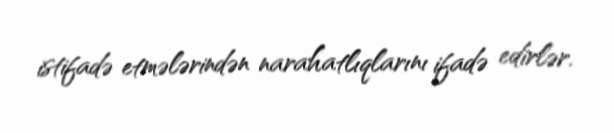
istifadə etmələrindən narahatlıqlarını ifadə edirlər.